Indian journal of veterinary science and animal husbandry - Volume 13,
Year: 1943
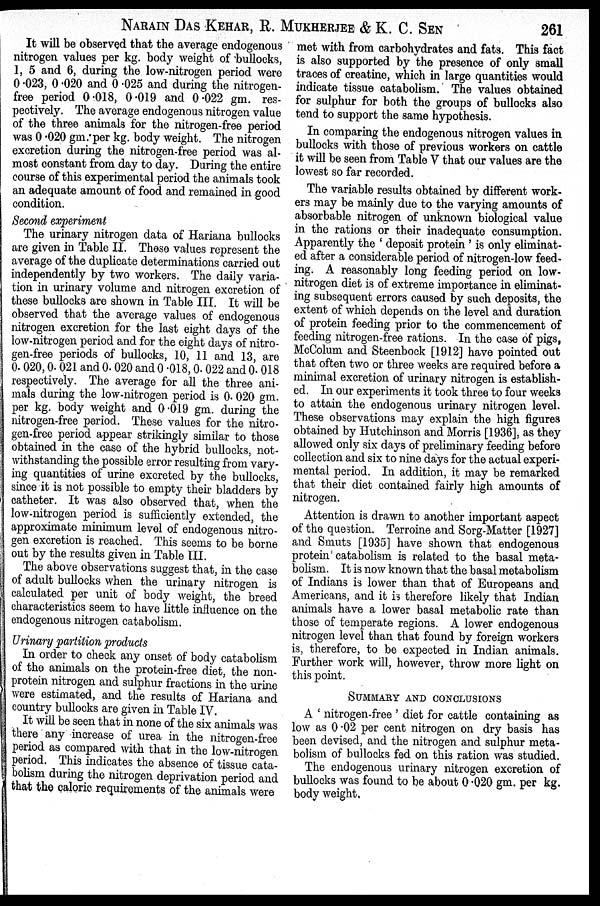
NARAIN DAS KEHAR, R. MUKHERJEE & K. C. SEN 261
It will be observed that the average endogenous
nitrogen values per kg. body weight of bullocks,
1, 5 and 6, during the low-nitrogen period were
0.023, 0.020 and 0.025 and during the nitrogen-
free period 0.018, 0.019 and 0.022 gm. res-
pectively. The average endogenous nitrogen value
of the three animals for the nitrogen-free period
was 0.020 gm. per kg. body weight. The nitrogen
excretion during the nitrogen-free period was al-
most constant from day to day. During the entire
course of this experimental period the animals took
an adequate amount of food and remained in good
condition.
Second experiment
The urinary nitrogen data of Hariana bullocks
are given in Table II. These values represent the
average of the duplicate determinations carried out
independently by two workers. The daily varia-
tion in urinary volume and nitrogen excretion of
these bullocks are shown in Table III. It will be
observed that the average values of endogenous
nitrogen excretion for the last eight days of the
low-nitrogen period and for the eight days of nitro-
gen-free periods of bullocks, 10, 11 and 13, are
0.020, 0.021 and 0.020 and 0.018, 0.022 and 0.018
respectively. The average for all the three ani-
mals during the low-nitrogen period is 0.020 gm.
per kg. body weight and 0.019 gm. during the
nitrogen-free period. These values for the nitro-
gen-free period appear strikingly similar to those
obtained in the case of the hybrid bullocks, not-
withstanding the possible error resulting from vary-
ing quantities of urine excreted by the bullocks,
since it is not possible to empty their bladders by
catheter. It was also observed that, when the
low-nitrogen period is sufficiently extended, the
approximate minimum level of endogenous nitro-
gen excretion is reached. This seems to be borne
out by the results given in Table III.
The above observations suggest that, in the case
of adult bullocks when the urinary nitrogen is
calculated per unit of body weight, the breed
characteristics seem to have little influence on the
endogenous nitrogen catabolism.
Urinary partition products
In order to check any onset of body catabolism
of the animals on the protein-free diet, the non-
protein nitrogen and sulphur fractions in the urine
were estimated, and the results of Hariana and
country bullocks are given in Table IV.
It will be seen that in none of the six animals was
there any increase of urea in the nitrogen-free
period as compared with that in the low-nitrogen
period. This indicates the absence of tissue cata-
bolism during the nitrogen deprivation period and
that the caloric requirements of the animals were
met with from carbohydrates and fats. This fact
is also supported by the presence of only small
traces of creatine, which in large quantities would
indicate tissue catabolism. The values obtained
for sulphur for both the groups of bullocks also
tend to support the same hypothesis.
In comparing the endogenous nitrogen values in
bullocks with those of previous workers on cattle
it will be seen from Table V that our values are the
lowest so far recorded.
The variable results obtained by different work-
ers may be mainly due to the varying amounts of
absorbable nitrogen of unknown biological value
in the rations or their inadequate consumption.
Apparently the ' deposit protein ' is only eliminat-
ed after a considerable period of nitrogen-low feed-
ing. A reasonably long feeding period on low-
nitrogen diet is of extreme importance in eliminat-
ing subsequent errors caused by such deposits, the
extent of which depends on the level and duration
of protein feeding prior to the commencement of
feeding nitrogen-free rations. In the case of pigs,
McColum and Steenbock [1912] have pointed out
that often two or three weeks are required before a
minimal excretion of urinary nitrogen is establish-
ed. In our experiments it took three to four weeks
to attain the endogenous urinary nitrogen level.
These observations may explain the high figures
obtained by Hutchinson and Morris [1936], as they
allowed only six days of preliminary feeding before
collection and six to nine days for the actual experi-
mental period. In addition, it may be remarked
that their diet contained fairly high amounts of
nitrogen.
Attention is drawn to another important aspect
of the question. Terroine and Sorg-Matter [1927]
and Smuts [1935] have shown that endogenous
protein catabolism is related to the basal meta-
bolism. It is now known that the basal metabolism
of Indians is lower than that of Europeans and
Americans, and it is therefore likely that Indian
animals have a lower basal metabolic rate than
those of temperate regions. A lower endogenous
nitrogen level than that found by foreign workers
is, therefore, to be expected in Indian animals.
Further work will, however, throw more light on
this point.
SUMMARY AND CONCLUSIONS
A ' nitrogen-free ' diet for cattle containing as
low as 0.02 per cent nitrogen on dry basis has
been devised, and the nitrogen and sulphur meta-
bolism of bullocks fed on this ration was studied.
The endogenous urinary nitrogen excretion of
bullocks was found to be about 0.020 gm. per kg.
body weight.